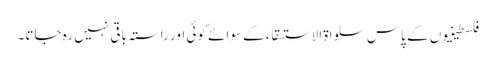
فلسطینیوں کے پاس سلواۃ الاستسقاء کے سوائے کوئی اور راستہ باقی نہیں رہ جاتا۔